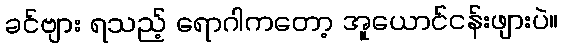
ခင်ဗျား ရသည့် ရောဂါကတော့ အူယောင်ငန်းဖျားပဲ။